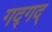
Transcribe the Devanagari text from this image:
गद्गद्